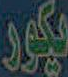
يكور